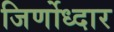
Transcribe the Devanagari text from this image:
जिर्णोध्दार